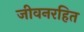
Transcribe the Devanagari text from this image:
जीवनरहित